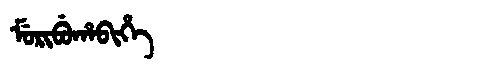
Manchu: ᠮᡠᡵᡳᠪᡠᡥᠠᠪᡳᡥᡝ
Romanization: MURIBUHABIHE